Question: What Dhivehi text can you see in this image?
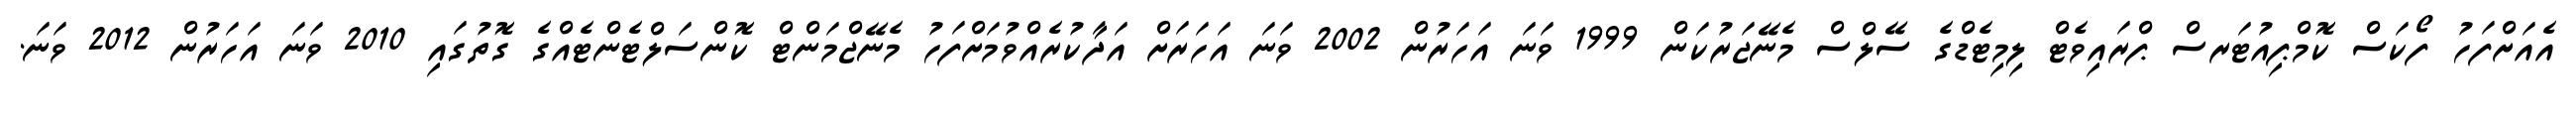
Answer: އެއަށްފަހު ފޯކަސް ކޮމްޕިއުޓަރސް ޕްރައިވެޓް ލިމިޓެޑްގެ ސޭލްސް މެނޭޖަރުކަން 1999 ވަނަ އަހަރުން 2002 ވަނަ އަހަރަށް އަދާކުރެއްވުމަށްފަހު މެނޭޖްމަންޓް ކޮންސަލްޓެންޓެއްގެ ގޮތުގައި 2010 ވަނަ އަހަރުން 2012 ވަނަ.